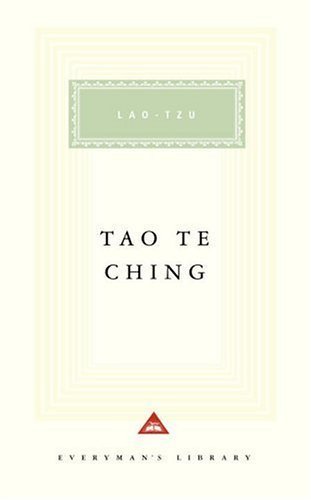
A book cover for Tao Te Ching (Everyman's Library) by Tzu, Lao, Lau, D.C. (1994) Hardcover; Lao, Lau, D.C. Tzu; Religion & Spirituality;